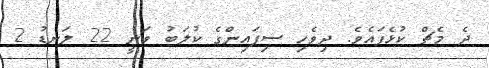
ދެ މެޗް ކުޅެފައެވެ. ދިވެހި ސިފައިންގެ ކުލަބު ވަނީ 22 ލަނޑު 2